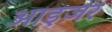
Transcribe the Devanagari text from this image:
आइज़र